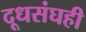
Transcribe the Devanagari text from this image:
दूधसंघही